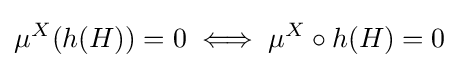
\mu ^{X}(h(H))=0\iff \mu ^{X}\circ h(H)=0